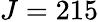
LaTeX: J=215